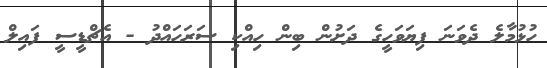
ހުޅުމާލެ ދެވަނަ ފިޔަވަހީގެ ދަށުން ބިން ހިއްކި ސަރަހައްދު - އެޗްޑީސީ ފައިލް